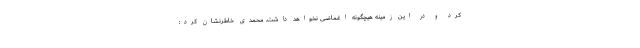
کرد و در این زمینه هیچگونه اغماضی نخواهد داشت. محمدی خاطرنشان کرد: